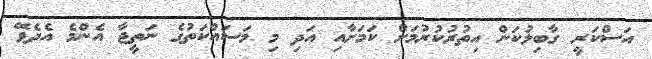
އަސްކަރީ ގާބިލުކަން އިތުރުކުރުމަށް ކަމަށާއި އަދި މި މަސައްކަތުގެ ނަތީޖާ އެންމެ އެދެވޭ